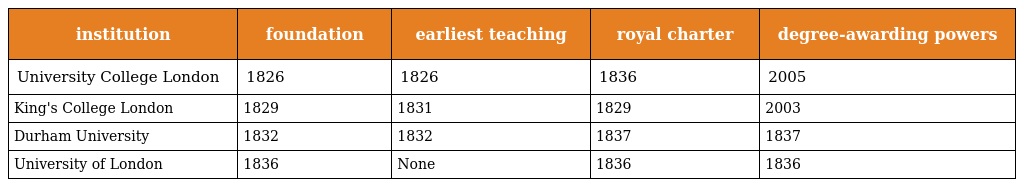
| institution | foundation | earliest teaching | royal charter | degree-awarding powers |
 | --- | --- | --- | --- | --- |
 | University College London | 1826 | 1826 | 1836 | 2005 |
 | King's College London | 1829 | 1831 | 1829 | 2003 |
 | Durham University | 1832 | 1832 | 1837 | 1837 |
 | University of London | 1836 | None | 1836 | 1836 |